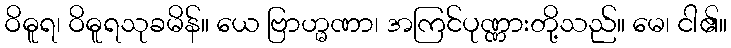
ဝိဓူရ၊ ဝိဓူရသုခမိန်။ ယေ ဗြာဟ္မဏာ၊ အကြင်ပုဏ္ဏားတို့သည်။ မေ၊ ငါ၏။